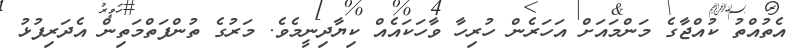
އެތުއްތު ކުއްޖާގެ މަންމައަށް އަހަރެން ހުރިހާ ވާހަކައެއް ކިޔާދިނީމެވެ. މަރުގެ ތުންފަތްމަތިން އެދަރިފުޅު